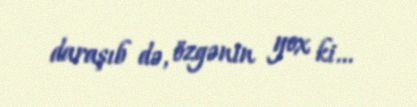
daraşıb də, özgənin yox ki...